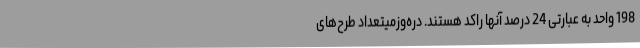
198 واحد به عبارتی 24 درصد آنها راکد هستند. دره‌وزمیتعداد طرح‌های